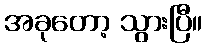
အခုတော့ သွားပြီ။